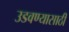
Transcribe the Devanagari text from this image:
उडवण्यासाठी